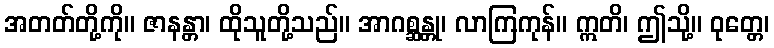
အတတ်တို့ကို။ ဇာနန္တာ၊ ထိုသူတို့သည်။ အာဂစ္ဆန္တု၊ လာကြကုန်။ ဣတိ၊ ဤသို့။ ဝုတ္တေ၊